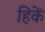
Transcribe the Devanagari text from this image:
हिकें